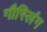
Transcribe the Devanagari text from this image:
गौस्लिंग